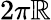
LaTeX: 2\pi\mathbb{R}